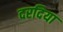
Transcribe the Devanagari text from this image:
दरदिया